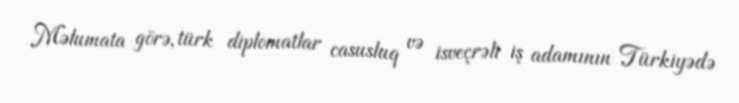
Məlumata görə, türk diplomatlar casusluq və isveçrəli iş adamının Türkiyədə